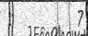
:         7